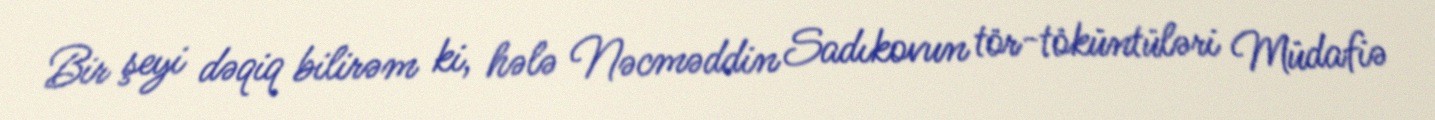
Bir şeyi dəqiq bilirəm ki, hələ Nəcməddin Sadıkovun tör-töküntüləri Müdafiə